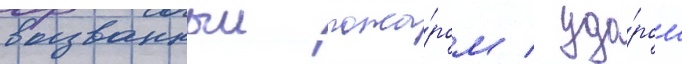
вызванныи пожа́ром / уда́ром